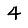
Digit: 4